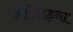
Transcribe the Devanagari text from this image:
अरियाड़ना